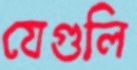
যেগুলি